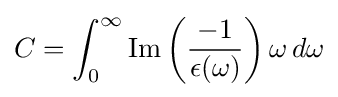
C=\int _{0}^{\infty }\mathrm {Im} \left({\frac {-1}{\epsilon (\omega )}}\right)\omega \,d\omega